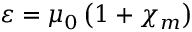
\varepsilon = \mu _ { 0 } \left( 1 + \chi _ { m } \right)